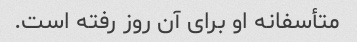
متأسفانه او برای آن روز رفته است.